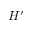
H ^ { \prime }